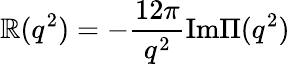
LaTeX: \mathbb{R}(q^{2})=-\frac{{12\pi}}{{q^{2}}}\mathrm{{Im}}\Pi(q^{2})